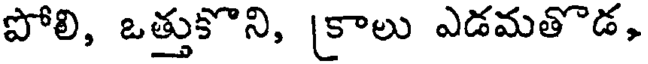
పోలి, ఒత్తుకొని, [కాలు ఎడమతొడ,